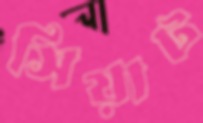
সিয়াট